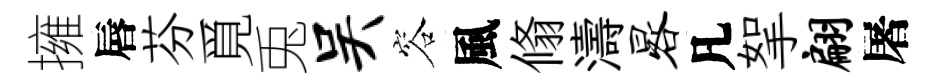
擁唇芬覓兎吴容風翛濤晷凡挐翩屠